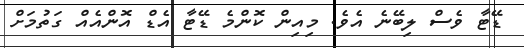
ޑޭޓާ ވެސް ލިބޭނެ އެވެ. މިއިން ކޮންމެ ޑޭޓާ އެޑް އޮންއެއް ގަތުމަށް